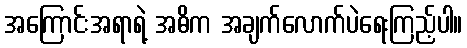
အကြောင်းအရာရဲ့ အဓိက အချက်လောက်ပဲရေးကြည့်ပါ။